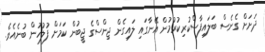
ދަށަށް ގެނެސް ބަލައިފާސްކުރިކުރުމުން އޭނާގައި ލައިގެން ޖިންސްގެ ޖީބުން ކަމަށް ފުލުހުން ބުނެއެވެ.